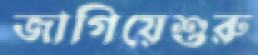
জাগিয়েশুরু